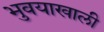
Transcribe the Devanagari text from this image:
भुवयाखाली